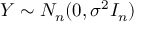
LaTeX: Y \sim N _ { n } ( 0 , \sigma ^ { 2 } I _ { n } )